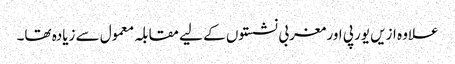
علاوہ ازیں یورپی اور مغربی نشستوں کے لیے مقابلہ معمول سے زیادہ تھا۔